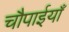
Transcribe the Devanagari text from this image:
चौपाईयाँ